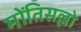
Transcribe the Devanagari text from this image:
मोंतिसल्लो